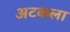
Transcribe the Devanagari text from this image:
अटकला